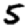
Digit: 5